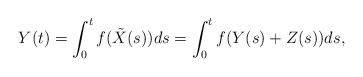
LaTeX: \begin{align*}Y(t)=\int_0^t f(\tilde{X}(s))ds=\int_0^tf(Y(s)+Z(s))ds,\end{align*}